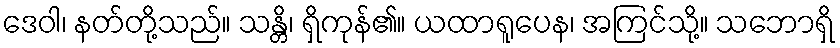
ဒေဝါ၊ နတ်တို့သည်။ သန္တိ၊ ရှိကုန်၏။ ယထာရူပေန၊ အကြင်သို့။ သဘောရှိ